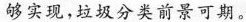
够实现，垃圾分类前景可期